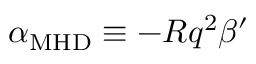
\alpha _ { \mathrm { M H D } } \equiv - R q ^ { 2 } \beta ^ { \prime }